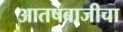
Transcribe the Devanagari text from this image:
आतषबाजीचा